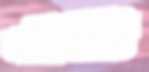
একিউট